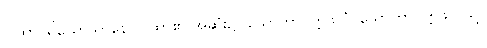
ဂါထာပရိယောသာနေ၊ ဂါထာ၏ အဆုံး၌။ သောတာပတ္တိဖလံ၊ သောတာပတ္တိဖိုလ်သို့။